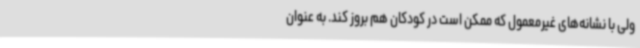
ولی با نشانه‌های غیرمعمول که ممکن است در کودکان هم بروز کند. به عنوان